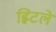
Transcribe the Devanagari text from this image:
ह्विटले